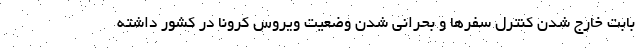
بابت خارج شدن کنترل سفرها و بحرانی شدن وضعیت ویروس کرونا در کشور داشته